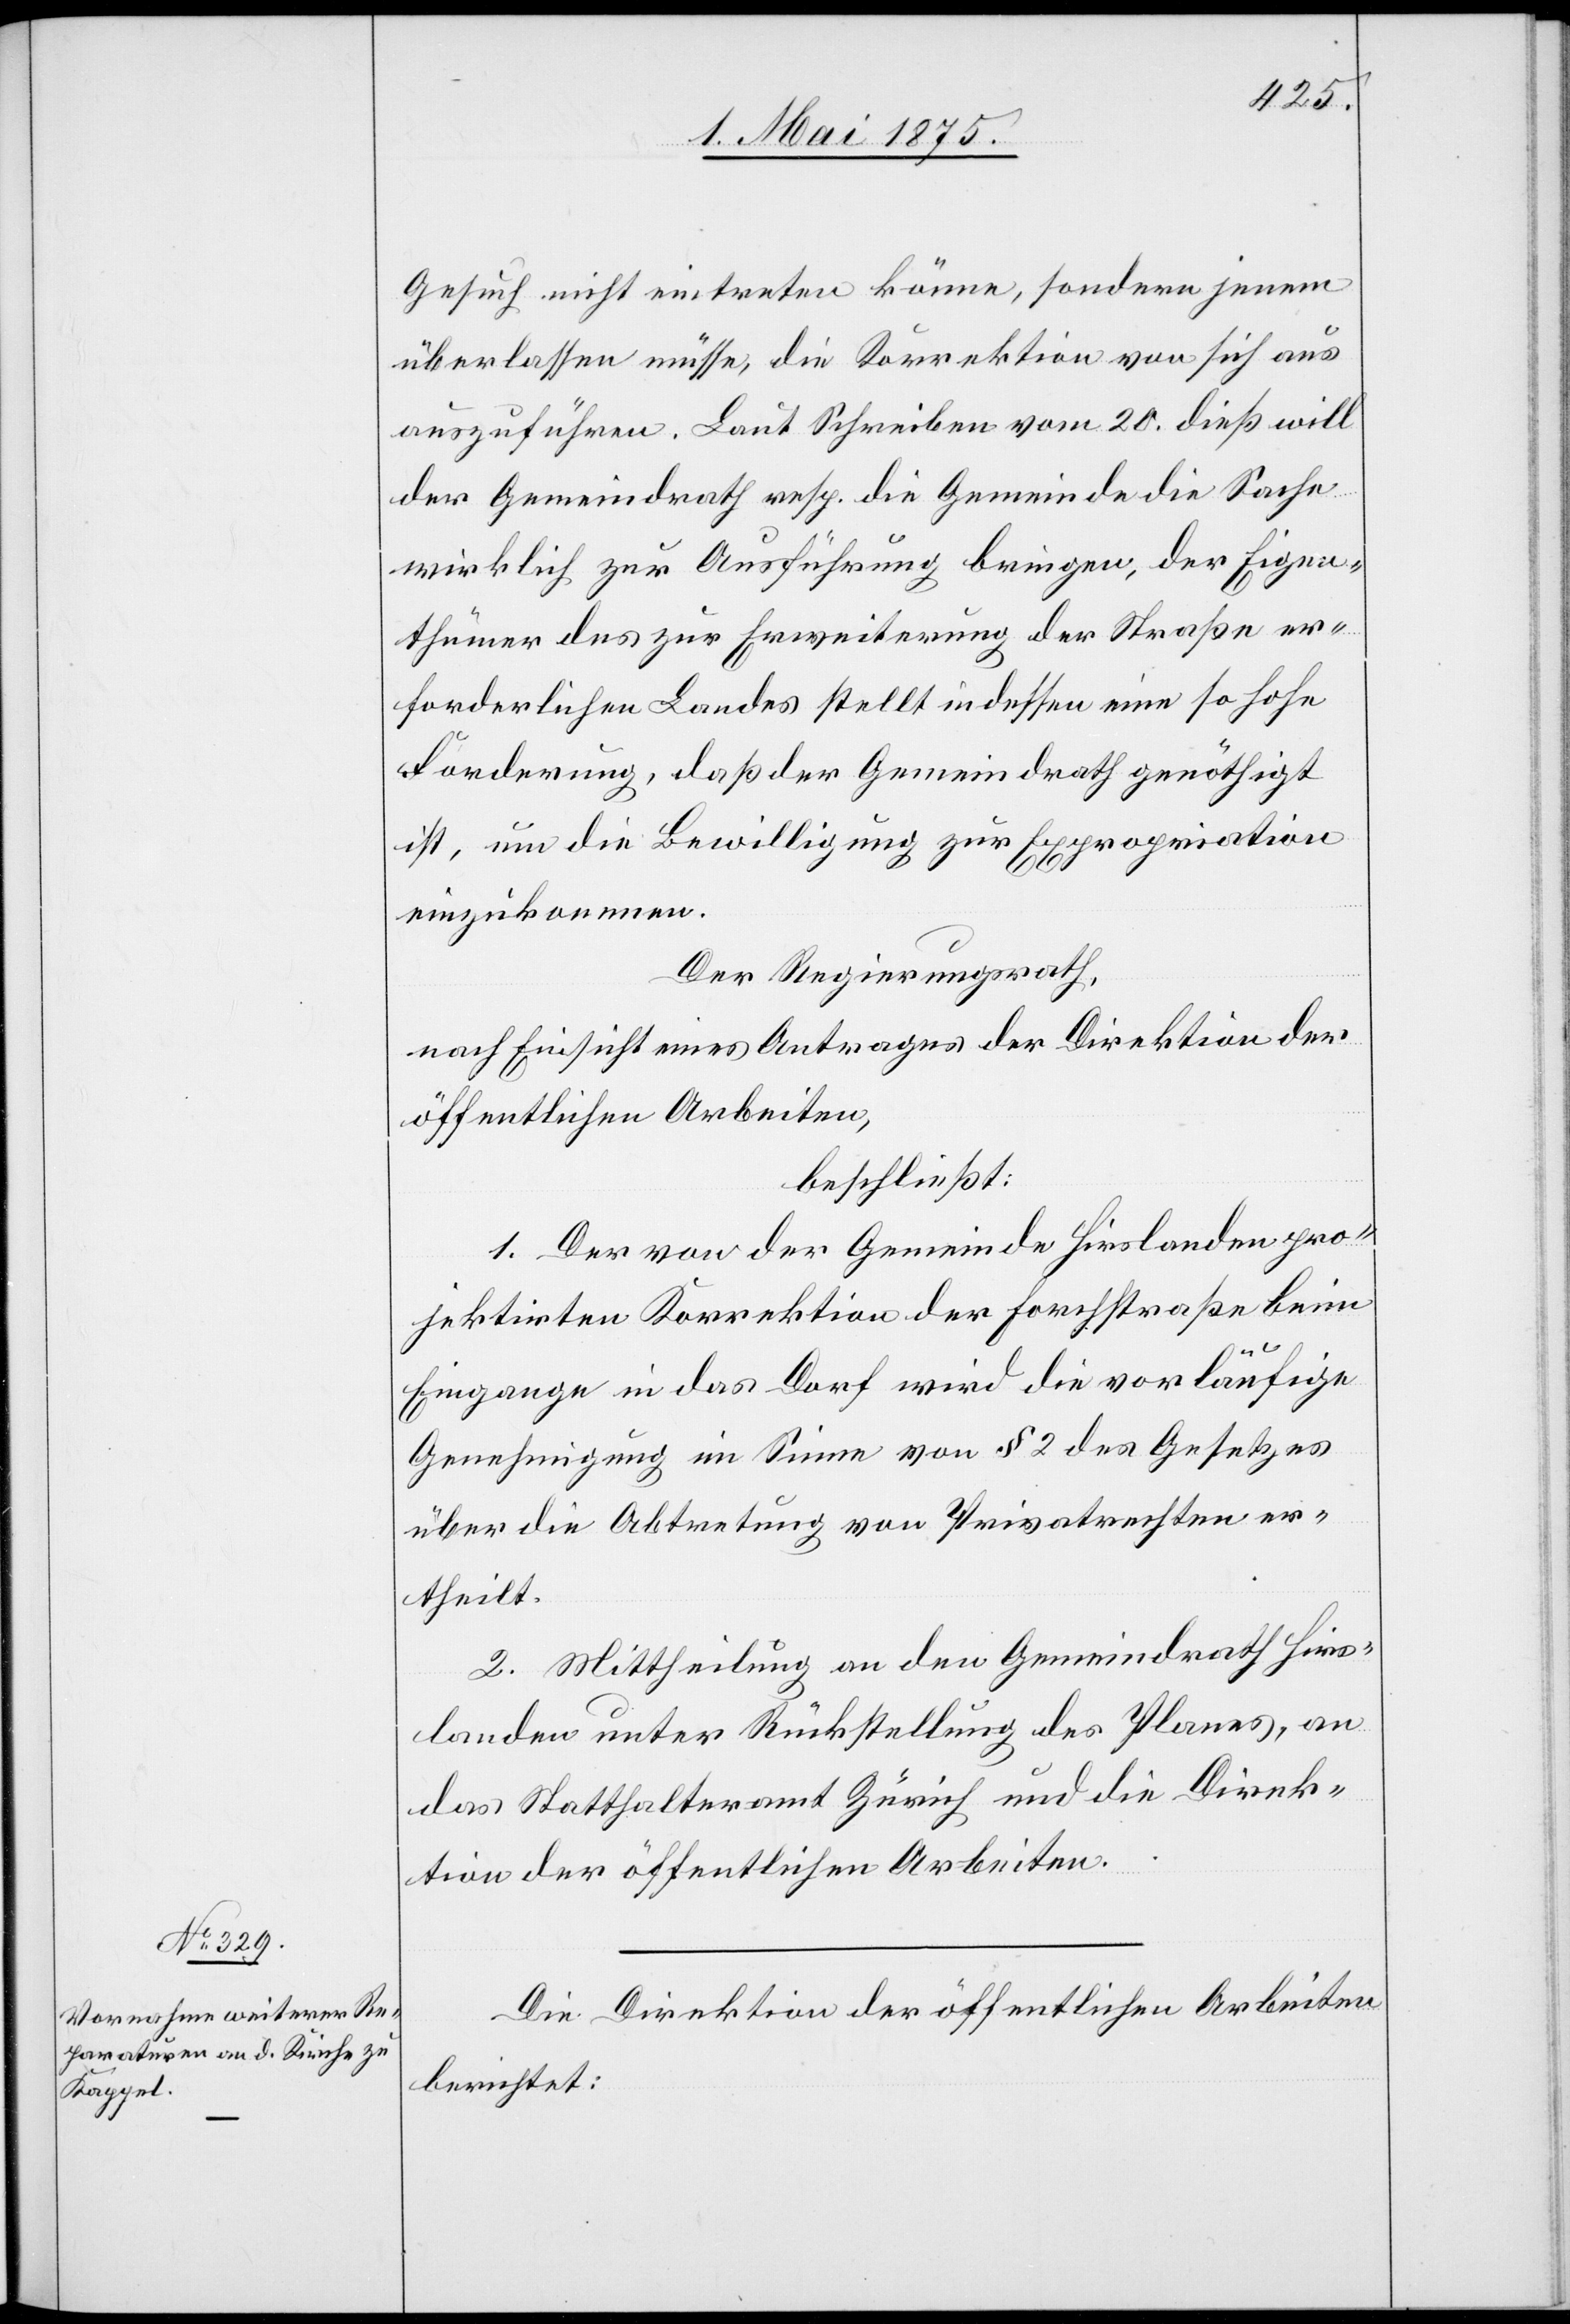
Gesuch nicht eintreten könne, sondern jenem
überlassen müsse, die Korrektion von sich aus
auszuführen. Laut Schreiben vom 20. dieß will
der Gemeindrath resp. die Gemeinde die Sache
wirklich zur Ausführung bringen, der Eigen¬
thümer des zur Erweiterung der Straße er¬
forderlichen Landes stellt indessen eine so hohe
Forderung, daß der Gemeindrath genöthigt
ist, um die Bewilligung zur Expropriation
einzukommen.
Der Regierungsrath,
nach Einsicht eines Antrages der Direktion der
öffentlichen Arbeiten,
beschließt:
1. Der vor der Gemeinde Hirslanden pro¬
jektirten Korrektion der Forchstraße beim
Eingange in das Dorf wird die vorläufige
Genehmigung im Sinne von § 2 des Gesetzes
über die Abtretung von Privatrechten er¬
theilt.
2. Mittheilung an den Gemeindrath Hirs¬
landen unter Rückstellung des Planes, an
das Statthalteramt Zürich und die Direk¬
tion der öffentlichen Arbeiten.
Die Direktion der öffentlichen Arbeiten
berichtet: